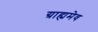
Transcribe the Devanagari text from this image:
ग्राह्यमेव